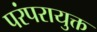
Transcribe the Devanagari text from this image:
परंपरायुक्त